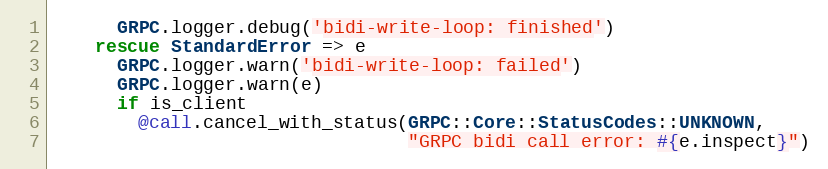
Language: Ruby
      GRPC.logger.debug('bidi-write-loop: finished')
    rescue StandardError => e
      GRPC.logger.warn('bidi-write-loop: failed')
      GRPC.logger.warn(e)
      if is_client
        @call.cancel_with_status(GRPC::Core::StatusCodes::UNKNOWN,
                                 "GRPC bidi call error: #{e.inspect}")